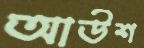
আউশ